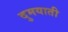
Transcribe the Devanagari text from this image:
दुमयाती